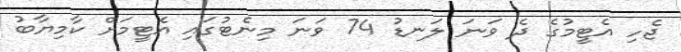
ޖެހި އެޓީމުގެ ދެ ވަނަ ލަނޑު 74 ވަނަ މިނެޓުގައި އެޓީމަށް ކާމިޔާބު